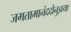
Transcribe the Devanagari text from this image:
जगतामानंददोनुज्ञया